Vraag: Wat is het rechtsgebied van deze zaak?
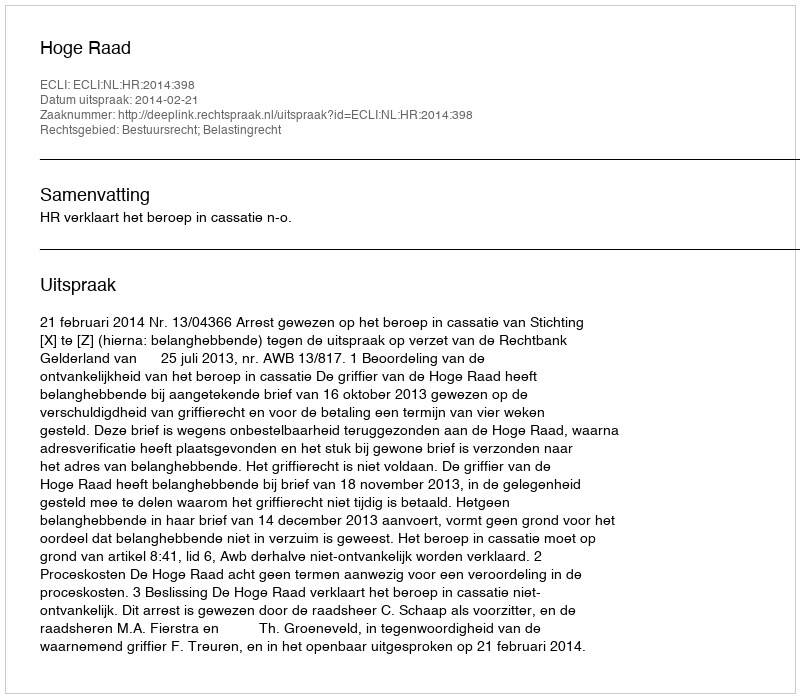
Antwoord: Bestuursrecht; Belastingrecht